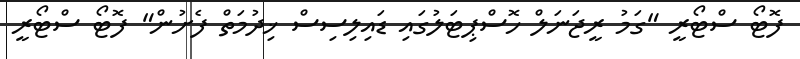
ފޮޓޯ ސްޓޯރީ "ގަމު ރީޖަނަލް ހޮސްޕިޓަލުގައި ޑައިލިސިސް ޚިދުމަތް ފެށުން" ފޮޓޯ ސްޓޯރީ